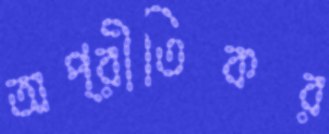
অপ্রীতিকর